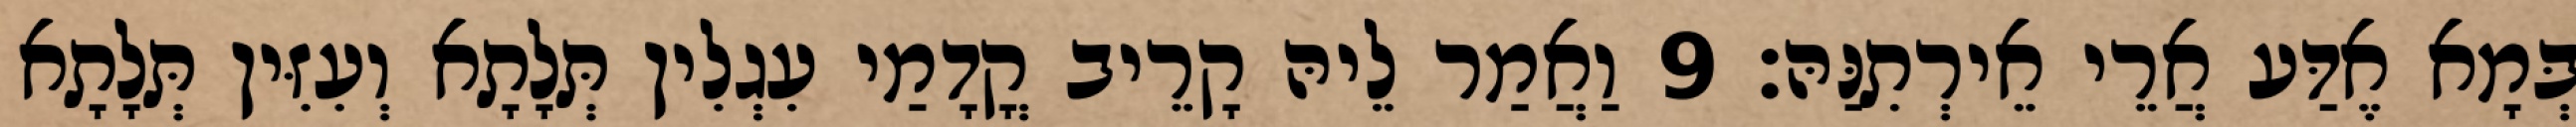
בְּמָא אֶדַּע אֲרֵי אֵירְתִנַּהּ׃ 9 וַאֲמַר לֵיהּ קָרֵיב קֳדָמַי עִגְלִין תְּלָתָא וְעִזִּין תְּלָתָא